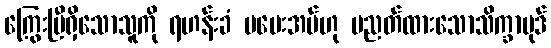
ကြွေးမြီရှိသောသူကို ရဟန်းခံ မပေးအပ်ဟု ပညတ်ထားသောသိက္ခာပုဒ်